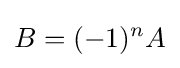
B=(-1)^{n}A